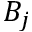
B _ { j }